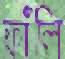
ফাঁলি